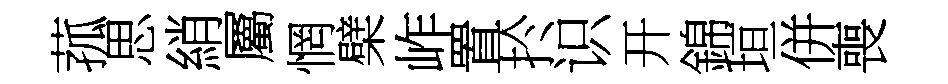
菰思綃屬惘檗岞置扵识开錦垣併喪